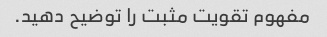
مفهوم تقویت مثبت را توضیح دهید.